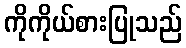
ကိုကိုယ်စားပြုသည်